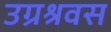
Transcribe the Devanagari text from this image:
उग्रश्रवस